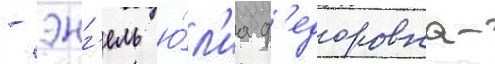
- энг'ель ю́л'иа ф'едоровна-